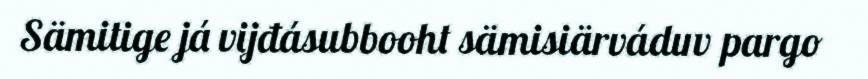
Sämitige já vijđásubbooht sämisiärváduv pargo